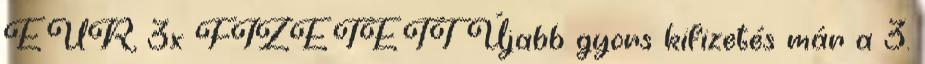
EUR, 3x FIZETETT Újabb gyors kifizetés már a 3.